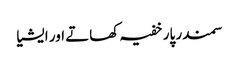
سمندر پار خفیہ کھاتے اور ایشیا